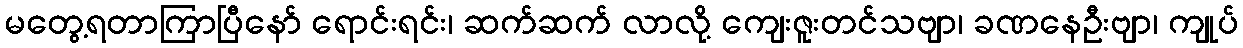
မတွေ့ရတာကြာပြီနော် ရောင်းရင်း၊ ဆက်ဆက် လာလို့ ကျေးဇူးတင်သဗျာ၊ ခဏနေဦးဗျာ၊ ကျုပ်